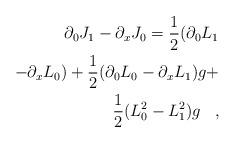
LaTeX: \begin{align*}\partial_{0} J_{1} - \partial_{x} J_{0} = \frac{1}{2}(\partial_{0} L_{1} \\ - \partial_{x} L_{0}) + \frac{1}{2} (\partial_{0} L_{0} -\partial_{x} L_{1})g + \\ \frac{1}{2} (L_{0}^{2} - L_{1}^{2} )g \;\;\; ,\end{align*}